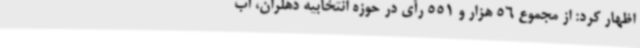
اظهار کرد: از مجموع 56 هزار و 551 رأی در حوزه انتخابیه دهلران، آب